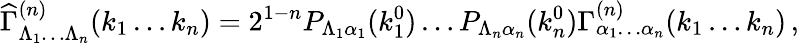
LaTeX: {\widehat\Gamma}_{\Lambda_{1}\dots\Lambda_{n}}^{(n)}(k_{1}\dots k_{n})=2^{1-n}P_{\Lambda_{1}\alpha_{1}}(k_{1}^{0})\dots P_{\Lambda_{n}\alpha_{n}}(k_{n}^{0})\Gamma_{\alpha_{1}\dots\alpha_{n}}^{(n)}(k_{1}\dots k_{n})\, ,